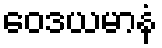
ဝေဒယမာနံ